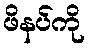
ဖိနပ်ကို